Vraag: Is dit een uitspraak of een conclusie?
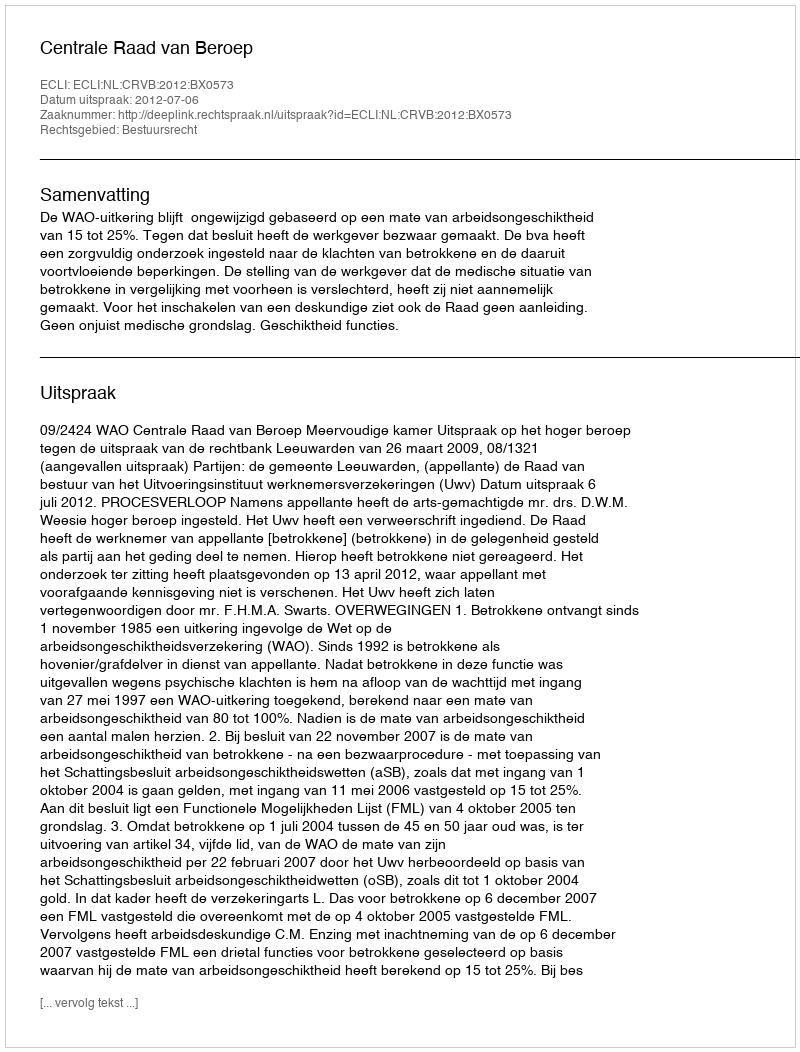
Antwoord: Uitspraak